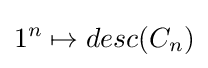
1^{n}\mapsto desc(C_{n})